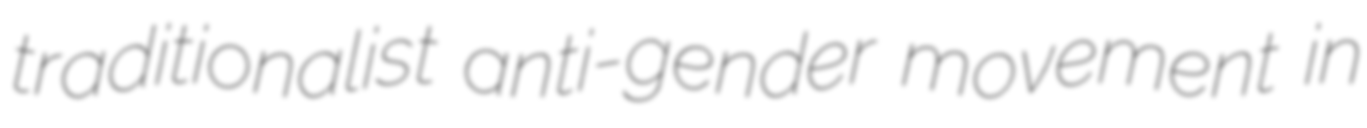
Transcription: traditionalist anti-gender movement in